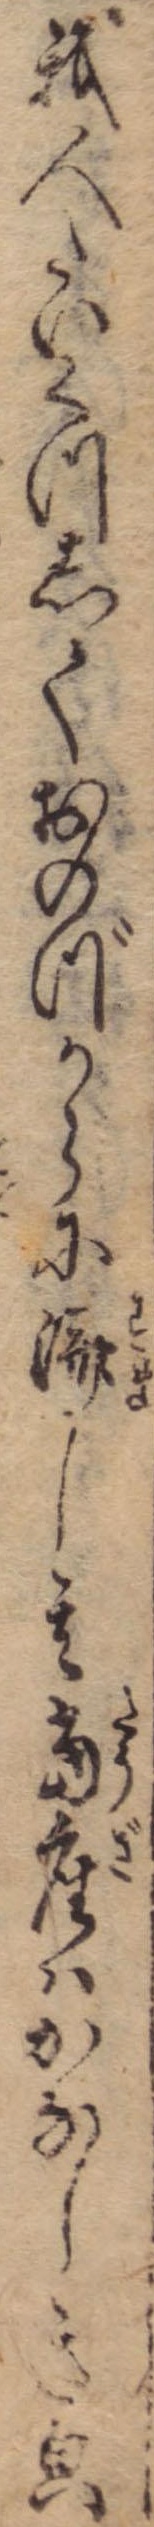
我人たいくつしておのづからに済し其当座はかなしき貌